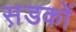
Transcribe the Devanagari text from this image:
स़डकों